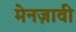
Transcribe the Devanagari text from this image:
मेनज़ावी